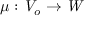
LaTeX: \mu : { \mathit { V } } _ { o } \to { \mathit { W } }